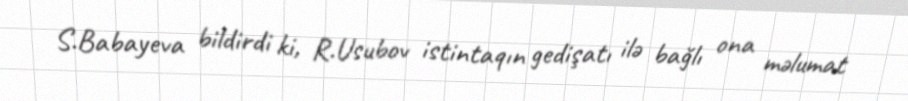
S.Babayeva bildirdi ki, R.Usubov istintaqın gedişatı ilə bağlı ona məlumat